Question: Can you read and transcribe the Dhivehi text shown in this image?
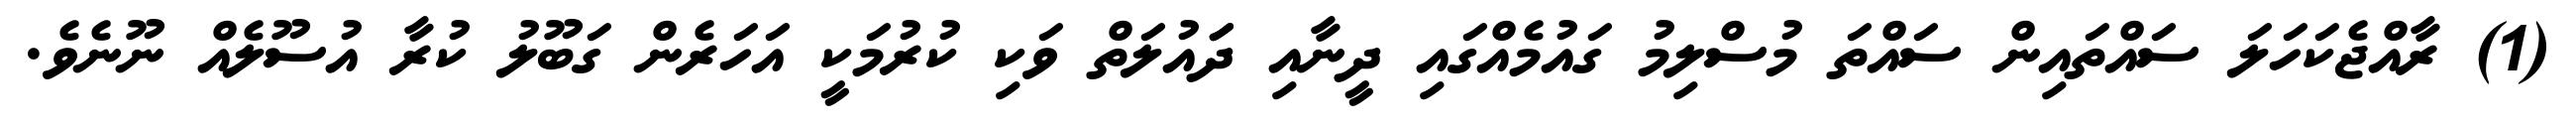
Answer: (1) ރާއްޖެކަހަލަ ސައްތައިން ސައްތަ މުސްލިމު ގައުމެއްގައި ދީނާއި ދަައުލަތް ވަކި ކުރުމަކީ އަހަރެން ގަބޫލު ކުރާ އުސޫލެއް ނޫނެވެ.